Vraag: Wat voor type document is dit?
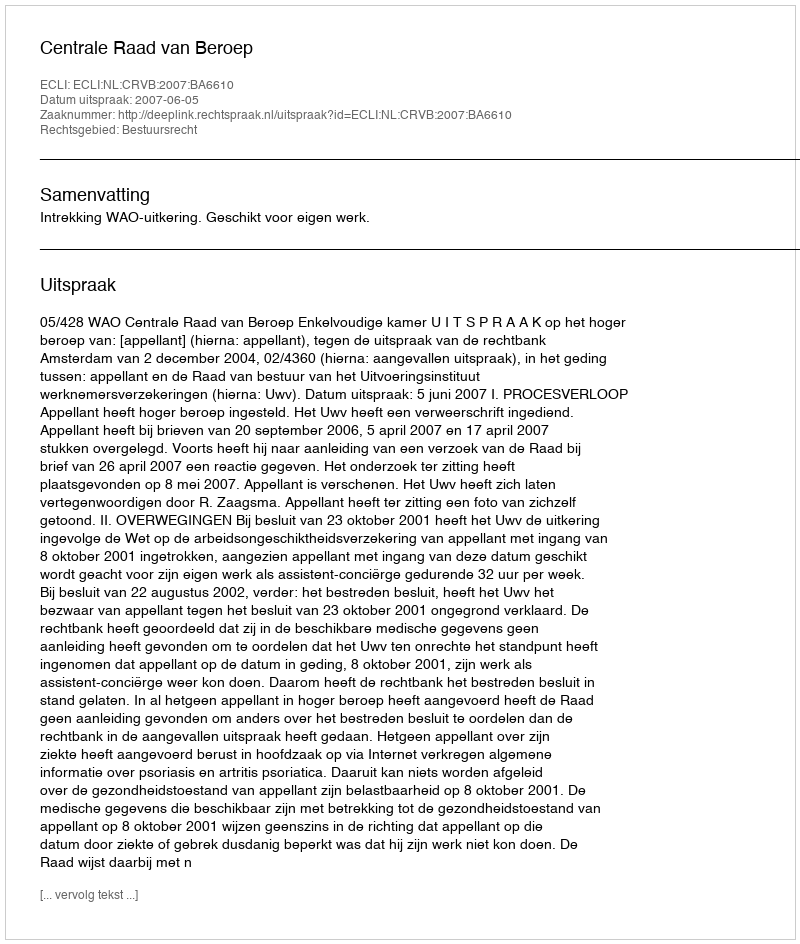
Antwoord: Uitspraak